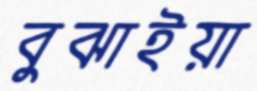
বুঝাইয়া